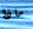
ماذا